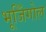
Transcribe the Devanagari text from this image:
भूजिँगोल